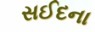
સઈદના